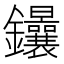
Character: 𨰴